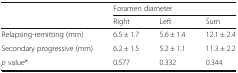
<table><thead><tr><td></td><td colspan="3"><b>Foramen diameter</b></td></tr><tr><td></td><td><b>Right</b></td><td><b>Left</b></td><td><b>Sum</b></td></tr></thead><tbody><tr><td>Relapsing-remitting (mm)</td><td>6.5 ± 1.7</td><td>5.6 ± 1.4</td><td>12.1 ± 2.4</td></tr><tr><td>Secondary progressive (mm)</td><td>6.2 ± 1.5</td><td>5.2 ± 1.1</td><td>11.3 ± 2.2</td></tr><tr><td><i>p</i> value*</td><td>0.577</td><td>0.332</td><td>0.344</td></tr></tbody></table>